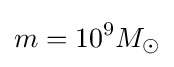
m=10^{9}M_{\odot }